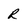
Character: R